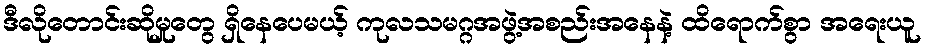
ဒီလိုတောင်းဆိုမှုတွေ ရှိနေပေမယ့် ကုလသမဂ္ဂအဖွဲ့အစည်းအနေနဲ့ ထိရောက်စွာ အရေးယူ